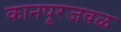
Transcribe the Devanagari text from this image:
कानपूरजवळ